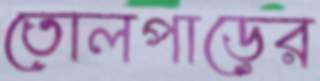
তোলপাড়ের